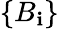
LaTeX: \left\{ B_{\mathbf{i}}\right\}